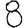
Digit: 8